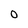
Character: 0